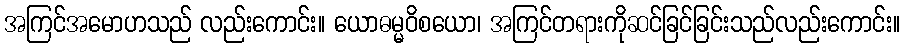
အကြင်အမောဟသည် လည်းကောင်း။ ယောဓမ္မဝိစယော၊ အကြင်တရားကိုဆင်ခြင်ခြင်းသည်လည်းကောင်း။